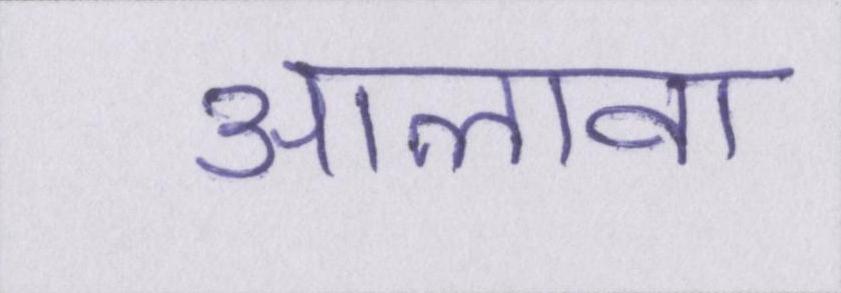
आलावा